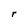
Character: r